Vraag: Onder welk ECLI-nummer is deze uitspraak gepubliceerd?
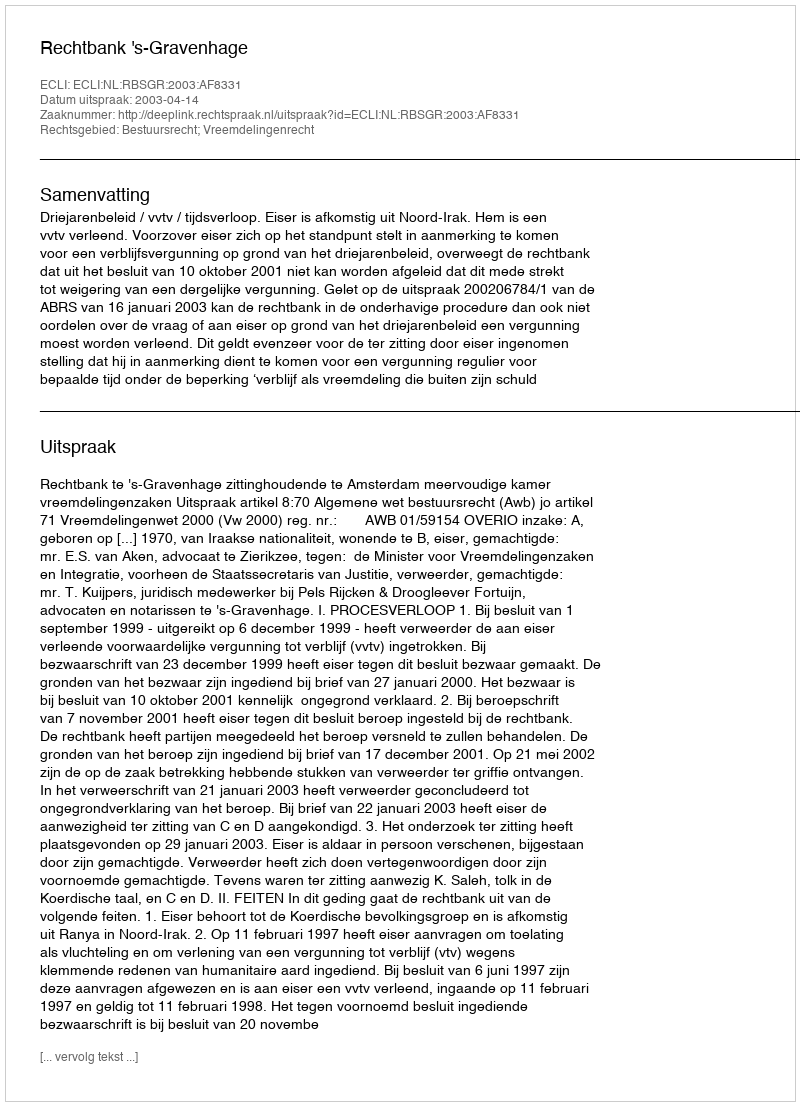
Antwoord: ECLI:NL:RBSGR:2003:AF8331